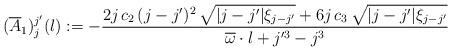
LaTeX: \begin{align*}(\overline{A}_1)_j^{j'}(l):=-\frac{2 j\,c_2\,(j-j')^2\,\sqrt{\lvert j-j'\rvert \xi_{j-j'}}+6 j\,c_3\,\sqrt{\lvert j-j'\rvert \xi_{j-j'}} }{\overline{\omega}\cdot l+j'^3-j^3}\end{align*}